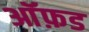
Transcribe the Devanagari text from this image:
आॅफ़ड